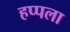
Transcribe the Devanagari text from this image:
हप्पला